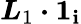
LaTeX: \boldsymbol{L}_{1}\boldsymbol{\cdot}\boldsymbol{1}_{\mathbf{i}}